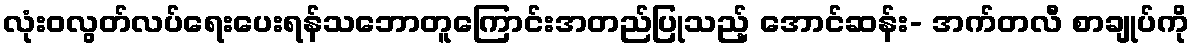
လုံးဝလွတ်လပ်ရေးပေးရန်သဘောတူကြောင်းအတည်ပြုသည့် အောင်ဆန်း- အက်တလီ စာချုပ်ကို